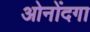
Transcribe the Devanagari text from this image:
ओनोंदगा